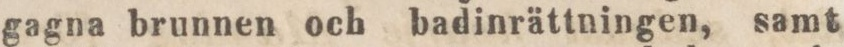
gagna brunnen och badinrättningen, samt